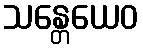
သန္တေယေဝ